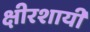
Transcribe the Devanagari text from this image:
क्षीरशायी